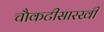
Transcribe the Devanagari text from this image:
चौकटीसारखी